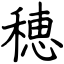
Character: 穂